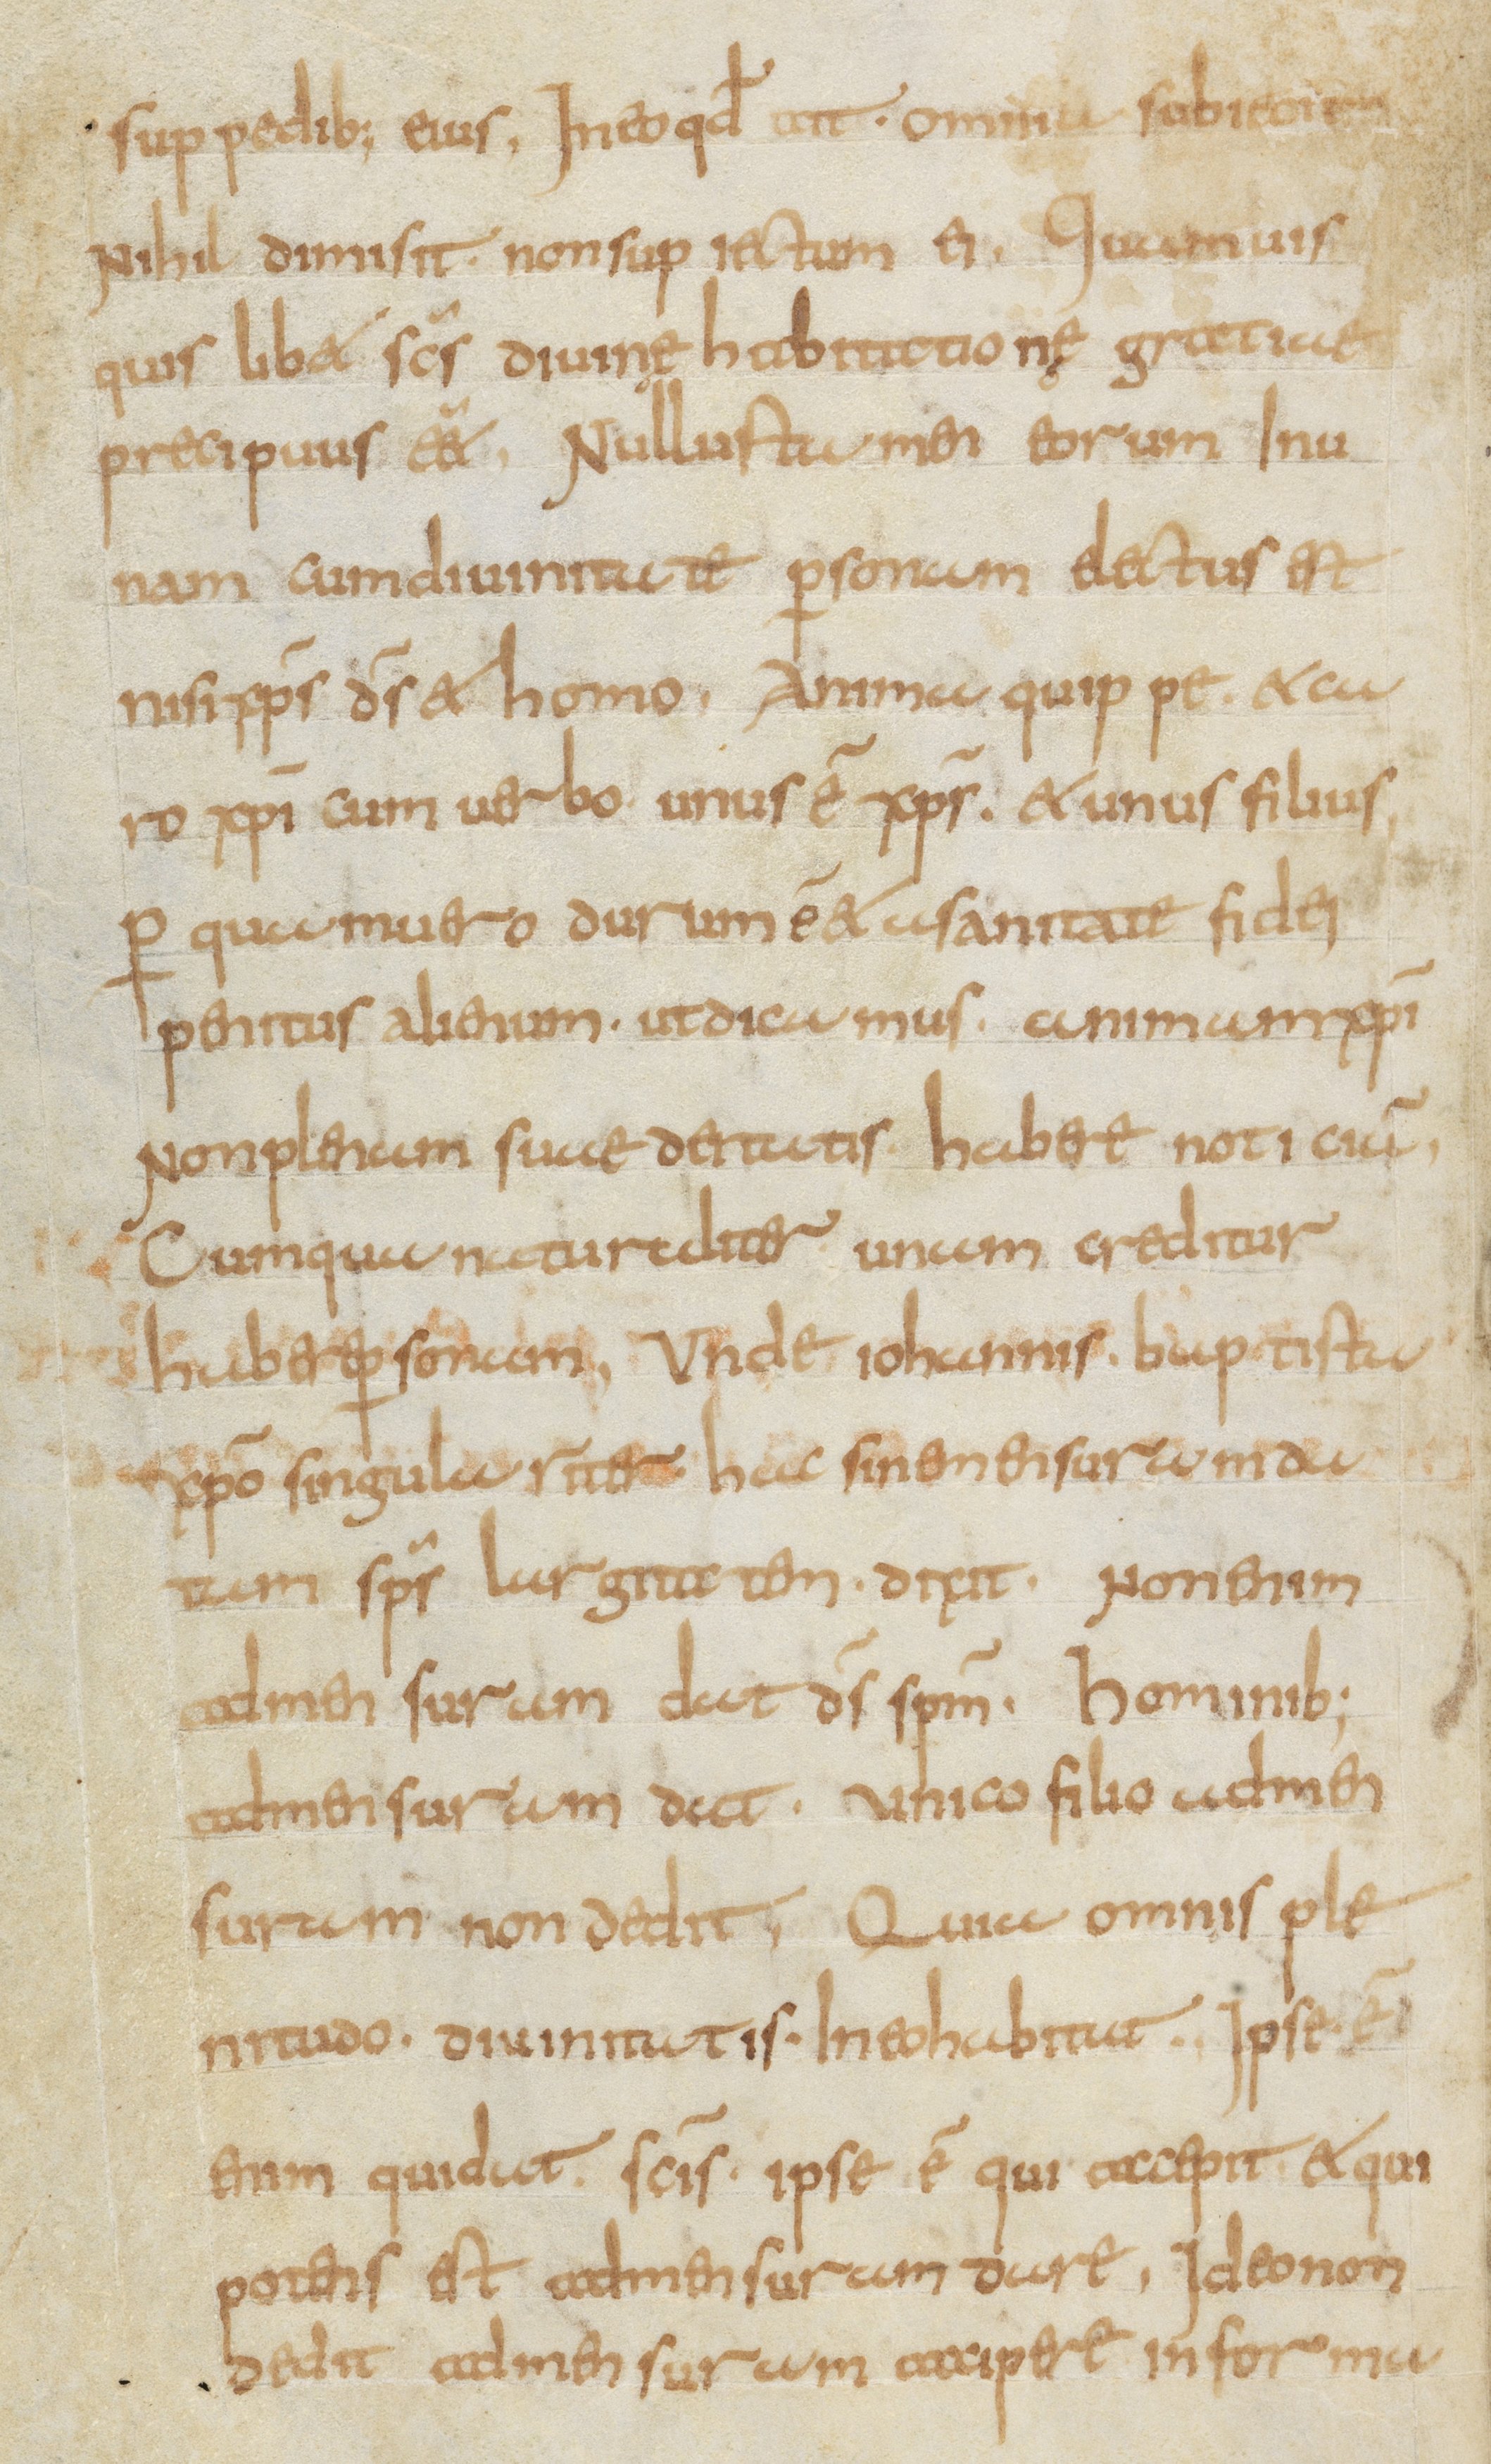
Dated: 800–899